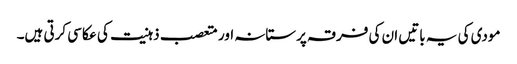
مودی کی یہ باتیں ان کی فرقہ پرستانہ اور متعصب ذہنیت کی عکاسی کرتی ہیں۔